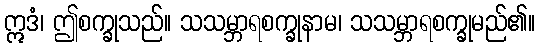
ဣဒံ၊ ဤစက္ခုသည်။ သသမ္ဘာရစက္ခုနာမ၊ သသမ္ဘာရစက္ခုမည်၏။